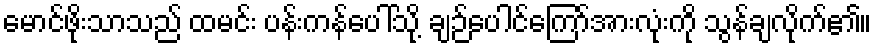
မောင်ဖိုးသာသည် ထမင်း ပန်းကန်ပေါ်သို့ ချဉ်ပေါင်ကြော်အားလုံးကို သွန်ချလိုက်၏။